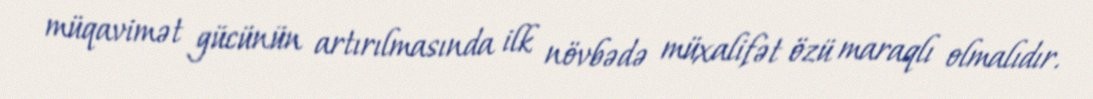
müqavimət gücünün artırılmasında ilk növbədə müxalifət özü maraqlı olmalıdır.